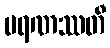
မရဏဿတီ